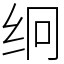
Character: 䌹